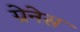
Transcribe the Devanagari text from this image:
ग्रेनेस